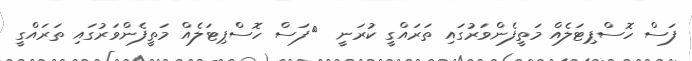
ފަސް ހޮސްޕިޓަލެއް މަތީފެންވަރުގައި ތަރައްގީ ކުރަނީ  	ފަސް ހޮސްޕިޓަލެއް މަތީފެންވަރުގައި ތަރައްގީ